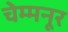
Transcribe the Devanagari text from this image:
चेम्मनूर